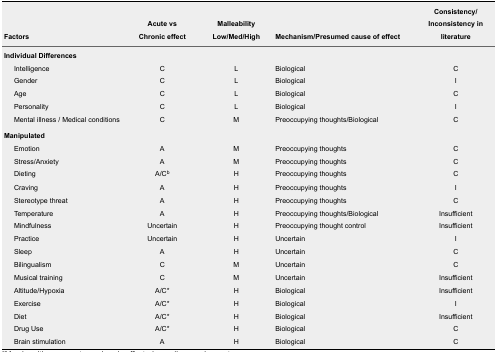
| Factors | Acute vs Chronic effect | Malleability Low/Med/High | Mechanism/Presumed cause of effect | Consistency/ Inconsistency in literature |
 | --- | --- | --- | --- | --- |
 | <COLSPAN=5> Individual Differences |
 | Intelligence | C | L | Biological | C |
 | Gender | C | L | Biological | I |
 | Age | C | L | Biological | C |
 | Personality | C | L | Biological | I |
 | Mental illness / Medical conditions | C | M | Preoccupying thoughts/Biological | C |
 | <COLSPAN=5> Manipulated |
 | Emotion | A | M | Preoccupying thoughts | C |
 | Stress/Anxiety | A | M | Preoccupying thoughts | C |
 | Dieting | A/Cb | H | Preoccupying thoughts | C |
 | Craving | A | H | Preoccupying thoughts | I |
 | Stereotype threat | A | H | Preoccupying thoughts | C |
 | Temperature | A | H | Preoccupying thoughts/Biological | Insufficient |
 | Mindfulness | Uncertain | H | Preoccupying thought control | Insufficient |
 | Practice | Uncertain | H | Uncertain | I |
 | Sleep | A | H | Uncertain | C |
 | Bilingualism | C | M | Uncertain | C |
 | Musical training | C | M | Uncertain | Insufficient |
 | Altitude/Hypoxia | A/C* | H | Biological | Insufficient |
 | Exercise | A/C* | H | Biological | I |
 | Diet | A/C* | H | Biological | Insufficient |
 | Drug Use | A/C* | H | Biological | C |
 | Brain stimulation | A | H | Biological | C |